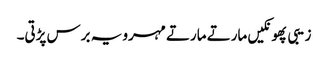
زیبی پھونکیں مارتے مارتے مہرو یہ برس پڑتی۔